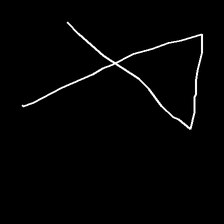
Glyph: collection